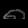
Digit: ၈